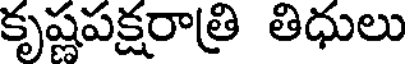
కృష్ణపక్షరాత్రి తిధులు